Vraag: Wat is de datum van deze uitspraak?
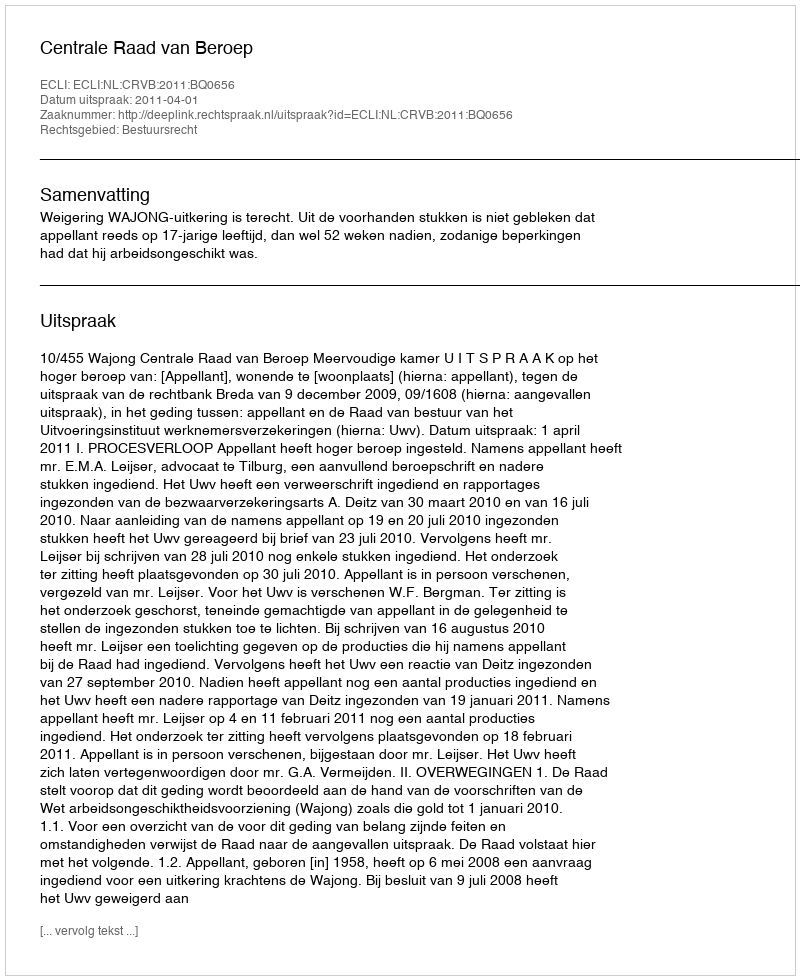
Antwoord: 2011-04-01